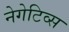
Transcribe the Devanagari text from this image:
नेगेटिव्स